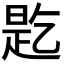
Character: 𬼲